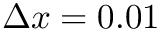
\Delta x = 0 . 0 1